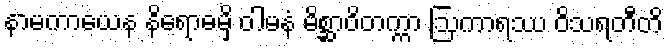
နာမကာယေန နိရောဓမှိ ဝါမနံ မိစ္ဆာဝိတက္ကာ ဩကာရဿ ဝိသရတီတိ